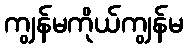
ကျွန်မကိုယ်ကျွန်မ